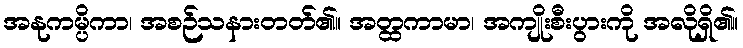
အနုကမ္ပိကာ၊ အစဉ်သနားတတ်၏။ အတ္ထကာမာ၊ အကျိုးစီးပွားကို အလိုရှိ၏။